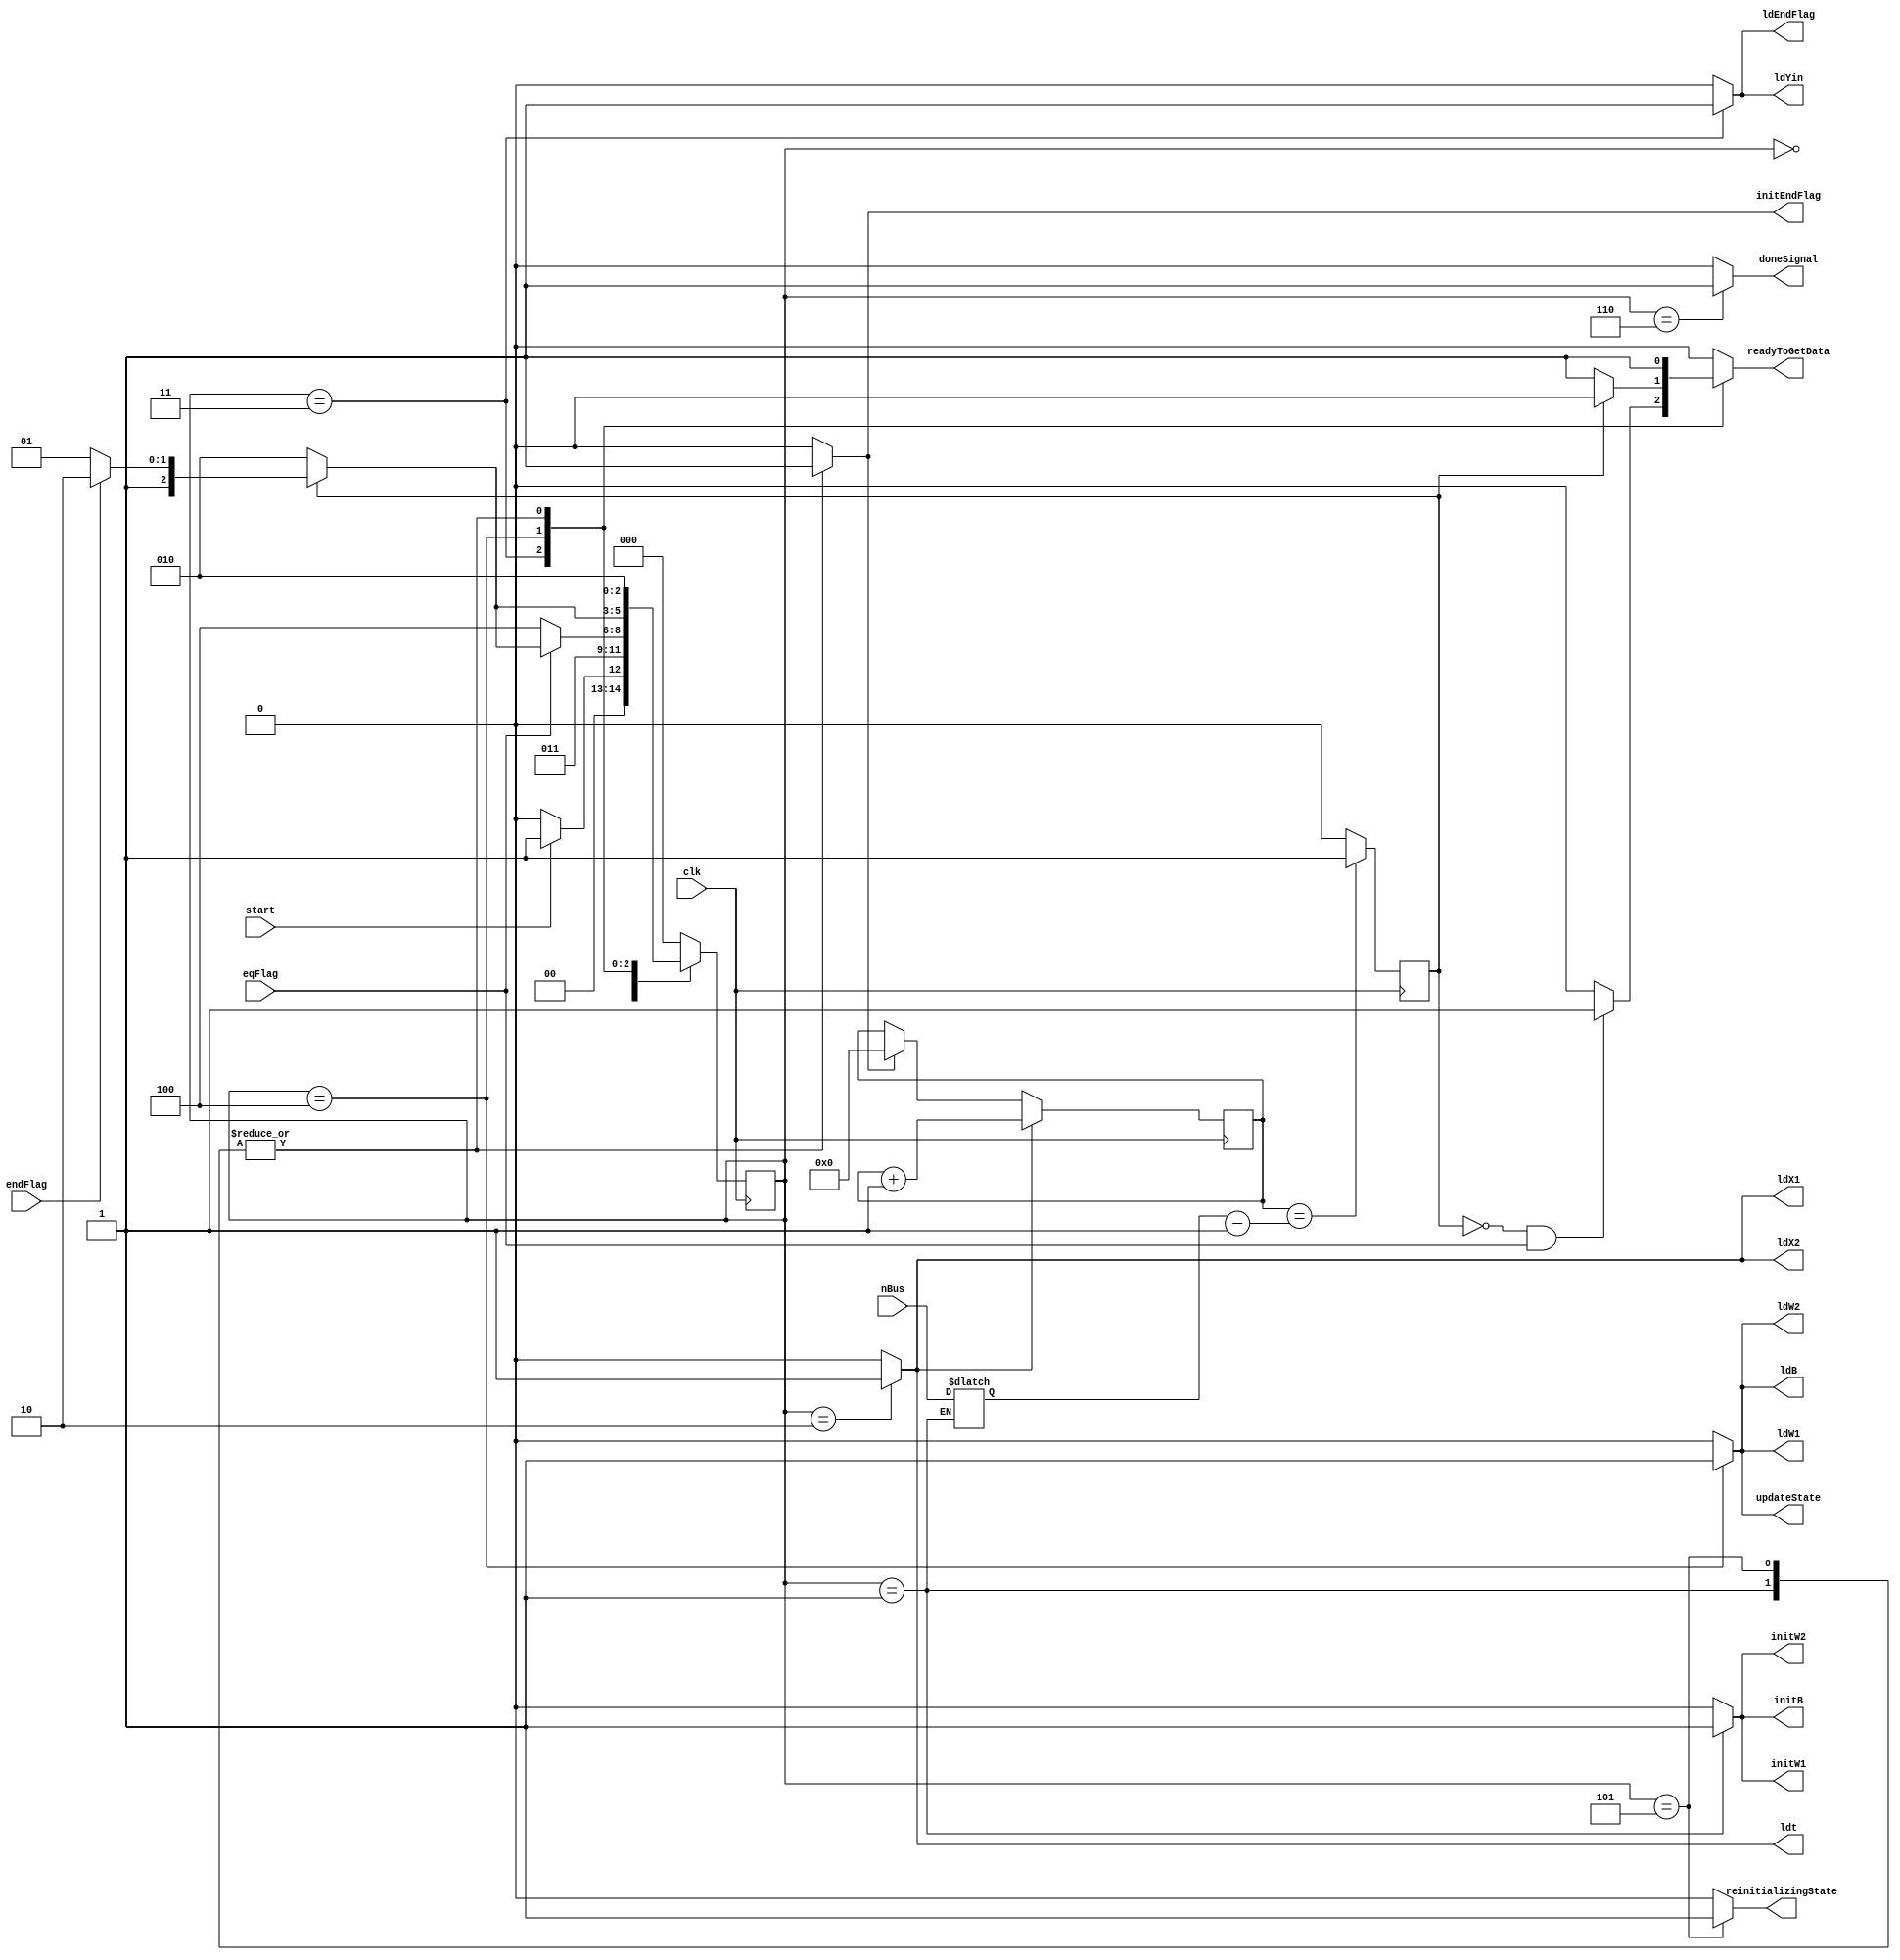
module ControlUnit(
	input start, clk, endFlag, eqFlag, input [31:0] nBus,
	output reg ldX1, ldX2, ldt, ldW1, initW1, ldW2, initW2, ldB,
		initB, ldYin, initEndFlag, ldEndFlag, doneSignal, readyToGetData
		, updateState, reinitializingState
	);

	reg [2:0] ns, ps;
	reg [31:0] n, cnt;
	reg cntUp, initCnt, co;
	parameter [2:0] waiting=0, initializing=1, getData=2, computeYin=3,
		updateWiAndBias=4, reinitializing=5, done=6; 

	// setting next state
	always @(*) begin
		ns = waiting;
		case(ps)
			waiting: if(start == 1) ns=initializing; else ns=waiting;
			initializing: ns=getData;
			getData: ns=computeYin; 
			computeYin: 
				if(eqFlag == 0) 
					ns=updateWiAndBias;
				else
					if (co == 0)
						ns=getData;
					else
						if (endFlag == 0)
							ns=reinitializing;
						else
							ns=done;
			updateWiAndBias: begin																															
				$display("%d %d", co, endFlag);
				if (co == 0)
					ns=getData;
				else
					if (endFlag == 1)
						ns=done;
					else
						ns=reinitializing;
				end
			reinitializing: ns=getData;
			done: ns=waiting;
		endcase
	end

	// setting controller signals
	always @(*) begin
		{ldX1, ldX2, ldt, ldW1, initW1, ldW2, initW2, ldB, initB, readyToGetData,ldYin, initCnt, cntUp,
		 initEndFlag, doneSignal, ldEndFlag, updateState, reinitializingState} = 18'b0;
		case(ps)
			initializing: begin
				initW1=1'b1;
				initW2=1'b1;
				initB=1'b1;
				initCnt=1'b1;
				initEndFlag=1'b1;
				n = nBus;
				readyToGetData=1'b1;
			end
			getData: begin
				ldX1=1'b1;
				ldX2=1'b1;
				ldt=1'b1;
				cntUp=1'b1;
			end 
			computeYin: begin
				ldYin=1'b1;
				ldEndFlag=1'b1;
				if (!co & eqFlag)
					readyToGetData=1'b1;
			end
			updateWiAndBias: begin
				ldW1=1'b1;
				ldW2=1'b1;
				ldB=1'b1;
				updateState=1'b1;
				if (!co)
					readyToGetData=1'b1;
			end
			reinitializing: begin
				initCnt=1'b1;
				initEndFlag=1'b1;
				readyToGetData=1'b1;
				reinitializingState=1'b1;
			end
			done: doneSignal=1'b1;
		endcase
	end

	// assigning next state to present state
	always@(posedge clk)begin
		ps <= ns;
	end

	// clock operations
	always @(posedge clk) begin
		if (initCnt) 
			cnt <= 32'b0;
		if (cntUp)
			cnt <= cnt + 1;
		co <= (cnt == (n-1)) ? 1'b1 : 1'b0;
	end

endmodule